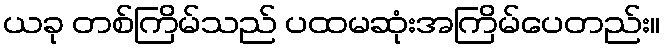
ယခု တစ်ကြိမ်သည် ပထမဆုံးအကြိမ်ပေတည်း။